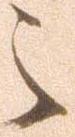
之